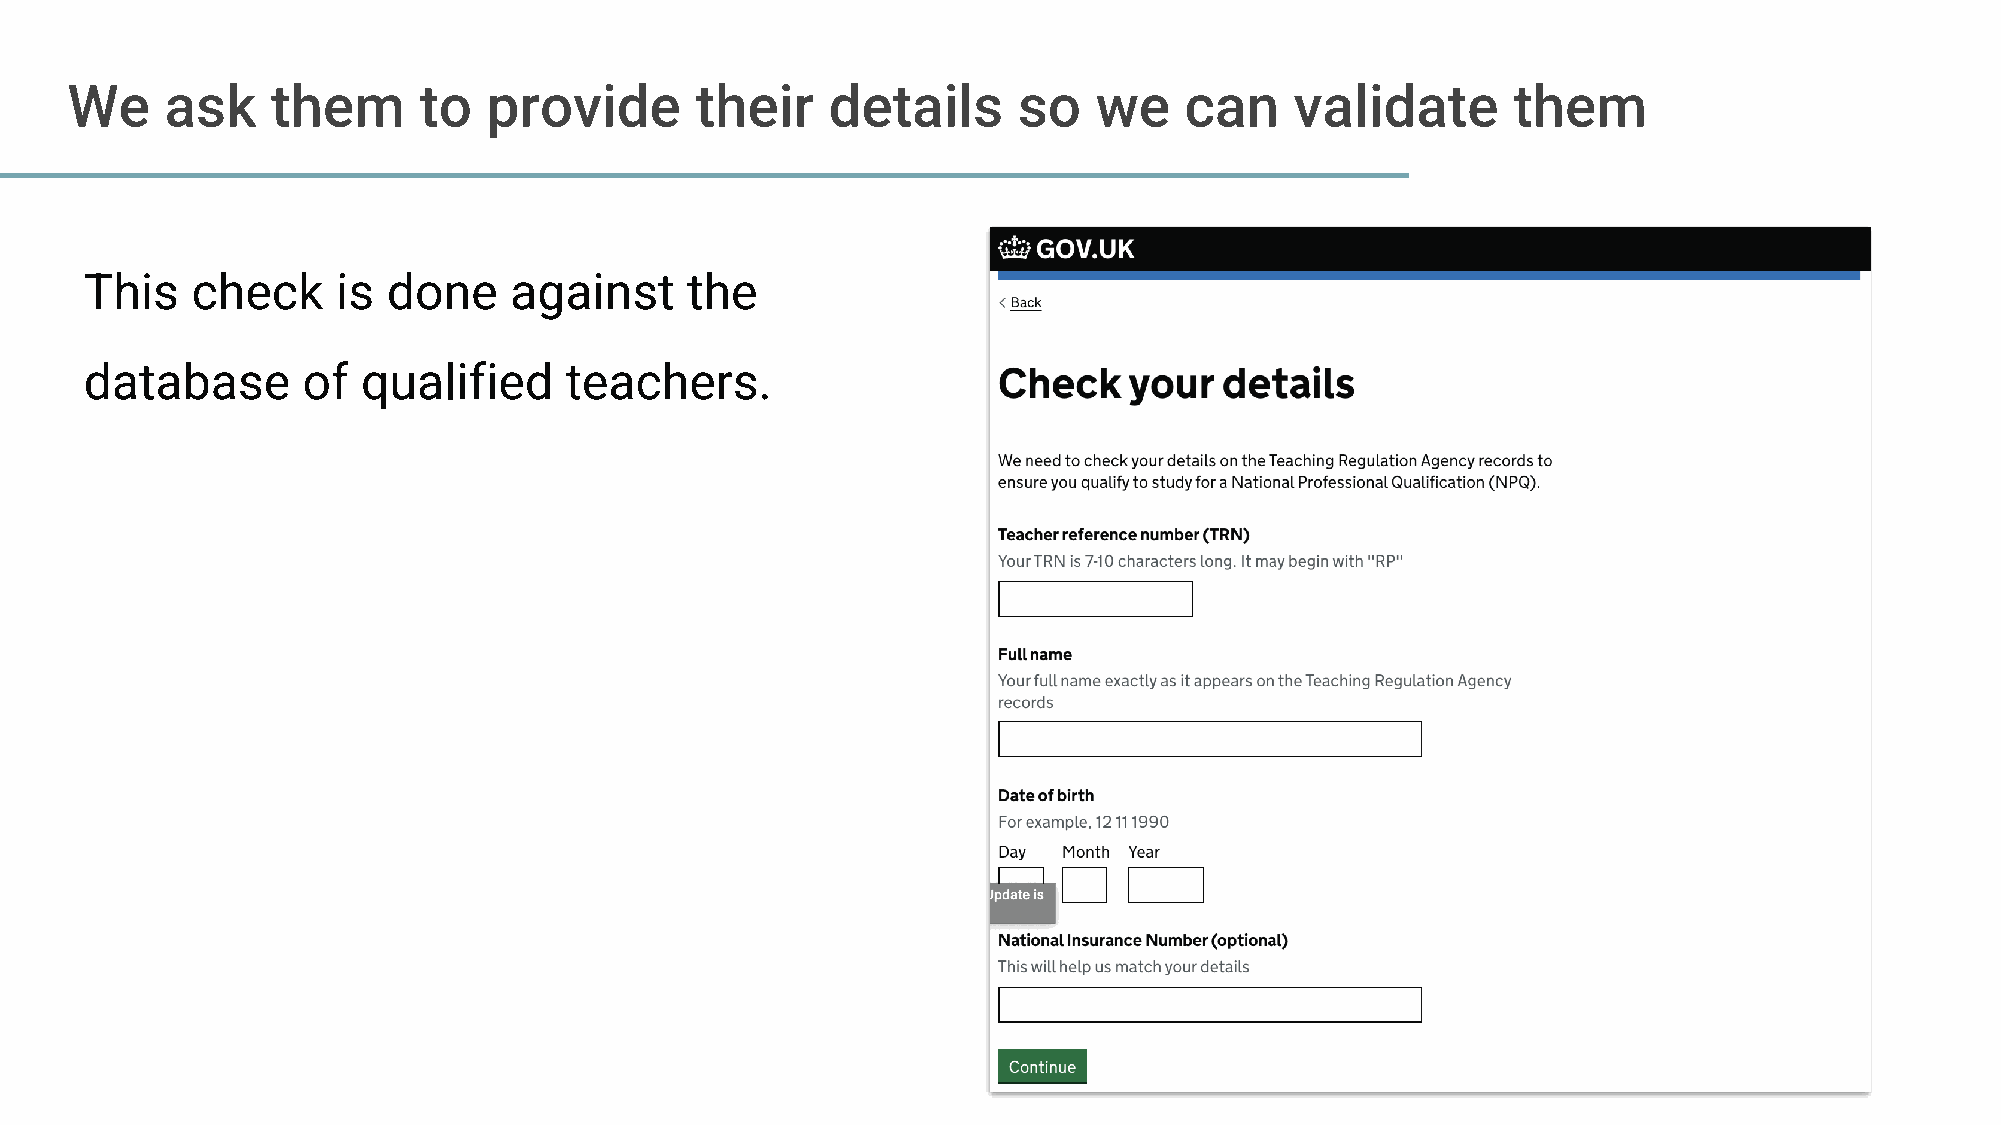
We     ask    them      to  provide       their    details     so    we   can     validate      them
 This   check    is  done    against    the
 database      of  qualified    teachers.